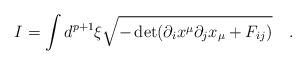
LaTeX: \begin{align*}I= \int d^{p+1} \xi \sqrt{-\det(\partial_i x^\mu \partial_j x_\mu+F_{ij})}\quad .\end{align*}